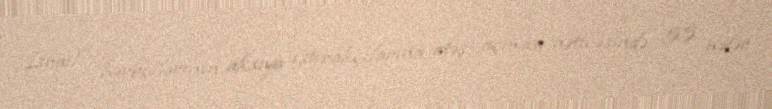
İsrail hərbçilərinin aksiya iştirakçılarına atəş açması nəticəsində 55 nəfər